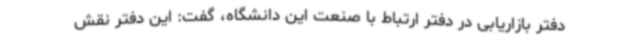
دفتر بازاریابی در دفتر ارتباط با صنعت این دانشگاه، گفت: این دفتر نقش